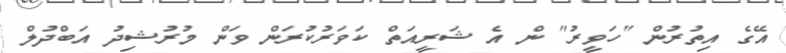
އޭގެ އިތުރުން "ހަވީރު" ން އެ ޝަރީއަތް ކަވަރުކުރަން ވަން މުރުޝިދު އަބްދުލް